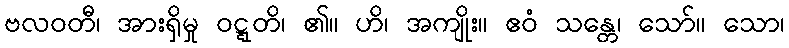
ဗလဝတီ၊ အားရှိမှု ဝဋ္ဋတိ၊ ၏။ ဟိ၊ အကျိုး။ ဧဝံ သန္တေ၊ သော်။ သော၊